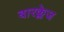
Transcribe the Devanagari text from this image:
बारक्लेज